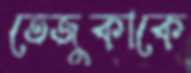
তেজুকাকে